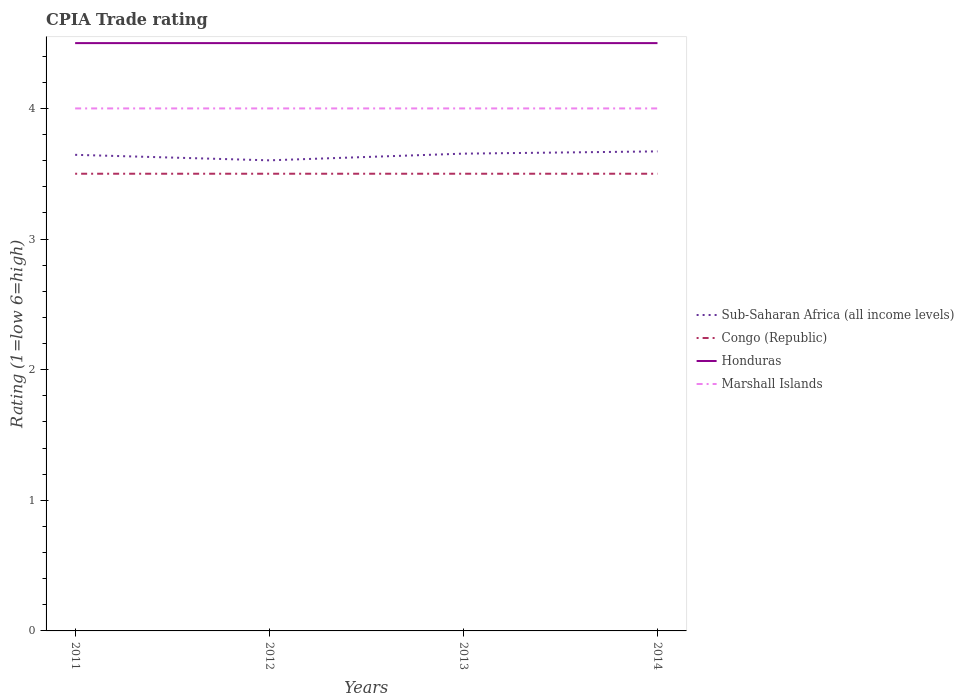
| Years | Sub-Saharan Africa (all income levels) | Congo (Republic) | Honduras | Marshall Islands |
 | --- | --- | --- | --- | --- |
 | 2011 | 3.64 | 3.5 | 4.5 | 4 |
 | 2012 | 3.6 | 3.5 | 4.5 | 4 |
 | 2013 | 3.65 | 3.5 | 4.5 | 4 |
 | 2014 | 3.67 | 3.5 | 4.5 | 4 |